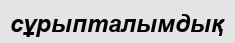
сұрыпталымдық